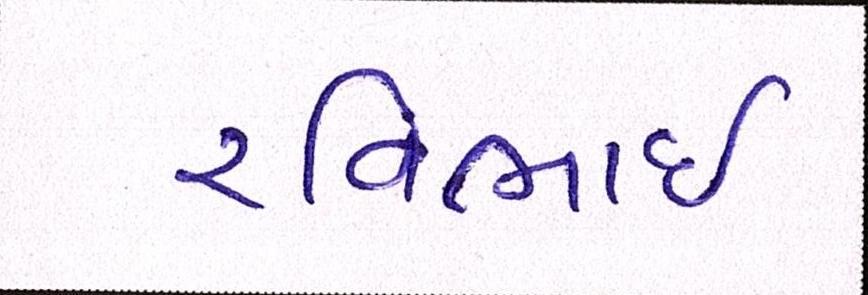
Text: રવિભાઇ